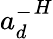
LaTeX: {{a}_{d}^{-}}^{H}